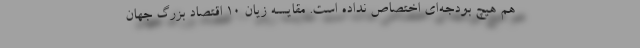
هم هیچ بودجه‌ای اختصاص نداده است. مقایسه زیان ۱۰ اقتصاد بزرگ جهان